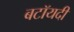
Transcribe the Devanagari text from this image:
बटॉयदी